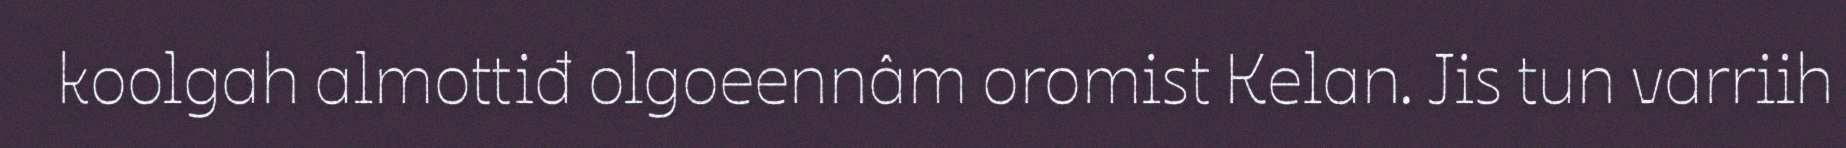
koolgah almottiđ olgoeennâm oromist Kelan. Jis tun varriih